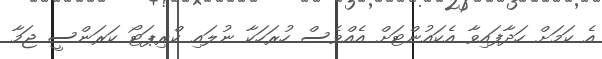
އެ ކަމަށް ހަދާފައިވާ އެކައުންޓަށް އެއްވެސް ހުރަހަކާ ނުލައި ކްރިޕަޓޯ ކަރަންސީ ޖަމާ